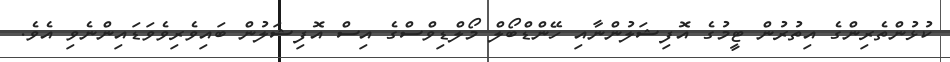
ކުޅުންތެރިންގެ އިތުރުން ޓީމުގެ އޮފިޝަލުންނާއި ހޭންޑްބޯލް މޯލްޑިވްސްގެ އިސް އޮފިޝަލުން ބައިވެރިވެވަޑައިންނެވި އެވެ.